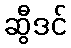
ဆွီဒင်